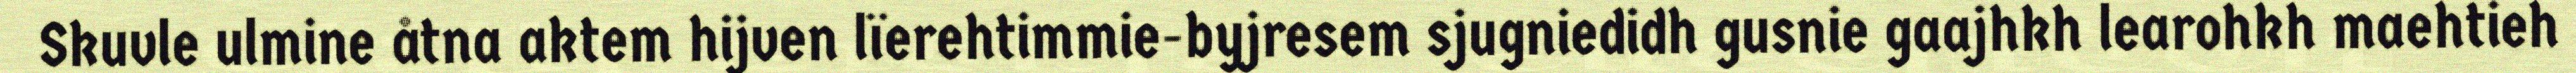
Skuvle ulmine åtna aktem hijven lïerehtimmie-byjresem sjugniedidh gusnie gaajhkh learohkh maehtieh